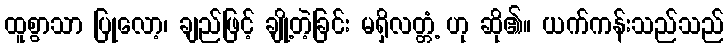
ထူစွာသာ ပြုလော့၊ ချည်ဖြင့် ချို့တဲ့ခြင်း မရှိလတ္တံ့ ဟု ဆို၏။ ယက်ကန်းသည်သည်